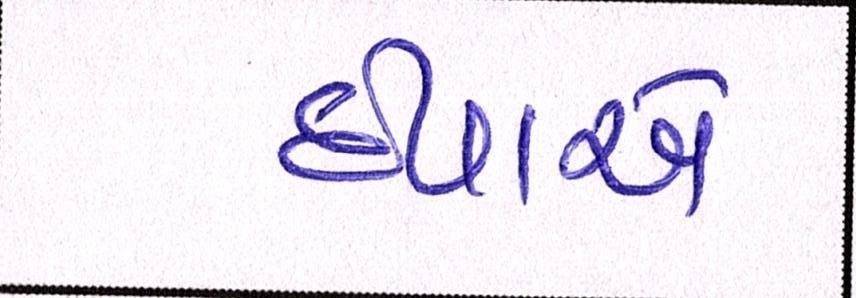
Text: દીપાએ